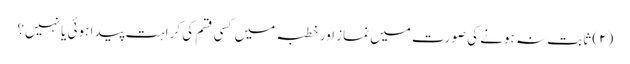
(۲) ثابت نہ ہونے کی صورت میں نماز اور خطبہ میں کسی قسم کی کراہت پیدا ہوئی یا نہیں؟